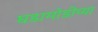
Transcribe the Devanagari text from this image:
घडामोडीच्या